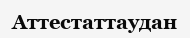
Аттестаттаудан